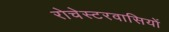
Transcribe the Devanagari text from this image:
रोचेस्टरवासियों